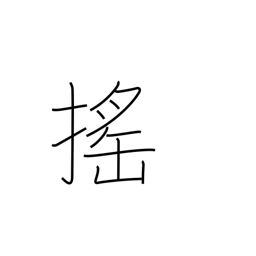
Meaning: shake